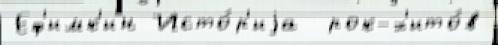
Еф'имк'ин Исто́р'иjа  рок-х'ито́в